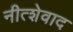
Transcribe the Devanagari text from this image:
नीत्शेवाद